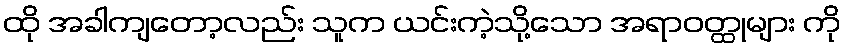
ထို အခါကျတော့လည်း သူက ယင်းကဲ့သို့သော အရာဝတ္ထုများ ကို